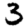
Digit: 3